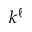
k ^ { \ell }